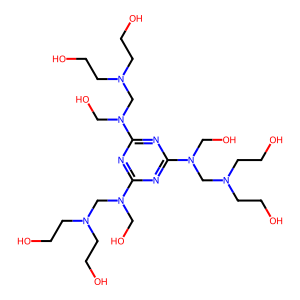
SMILES: OCCN(CCO)CN(CO)c1nc(N(CO)CN(CCO)CCO)nc(N(CO)CN(CCO)CCO)n1
Inhibits HIV replication: No